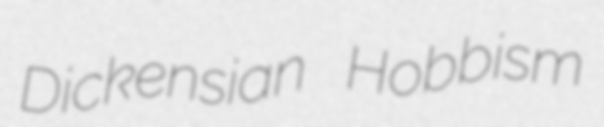
Dickensian Hobbism